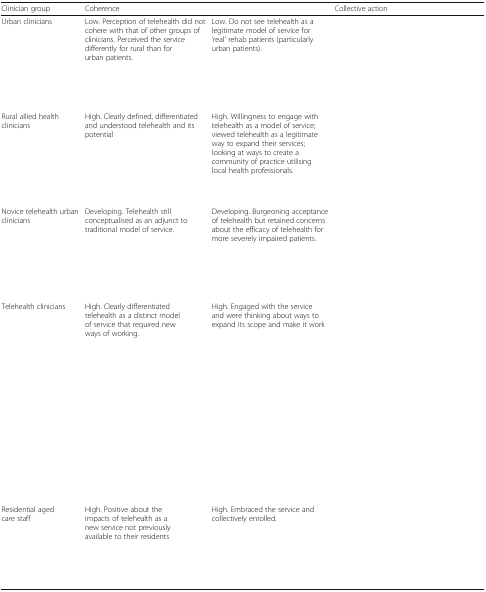
<table><thead><tr><td><b>Clinician group</b></td><td><b>Coherence</b></td><td>[EMPTY_CELL]</td><td><b>Collective action</b></td></tr></thead><tbody><tr><td>Urban clinicians</td><td>Low. Perception of telehealth did not cohere with that of other groups of clinicians. Perceived the service differently for rural than for urban patients.</td><td>Low. Do not see telehealth as a legitimate model of service for ‘real’ rehab patients (particularly urban patients).</td><td>[EMPTY_CELL]</td></tr><tr><td>Rural allied health clinicians</td><td>High. Clearly defined, differentiated and understood telehealth and its potential</td><td>High. Willingness to engage with telehealth as a model of service; viewed telehealth as a legitimate way to expand their services; looking at ways to create a community of practice utilising local health professionals.</td><td>[EMPTY_CELL]</td></tr><tr><td>Novice telehealth urban clinicians</td><td>Developing. Telehealth still conceptualised as an adjunct to traditional model of service.</td><td>Developing. Burgeoning acceptance of telehealth but retained concerns about the efficacy of telehealth for more severely impaired patients.</td><td>[EMPTY_CELL]</td></tr><tr><td>Telehealth clinicians</td><td>High. Clearly differentiated telehealth as a distinct model of service that required new ways of working.</td><td>High. Engaged with the service and were thinking about ways to expand its scope and make it work</td><td>[EMPTY_CELL]</td></tr><tr><td>Residential aged care staff</td><td>High. Positive about the impacts of telehealth as a new service not previously available to their residents</td><td>High. Embraced the service and collectively enrolled.</td><td>[EMPTY_CELL]</td></tr></tbody></table>